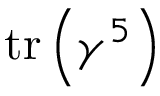
\operatorname { t r } \left( \gamma ^ { 5 } \right)